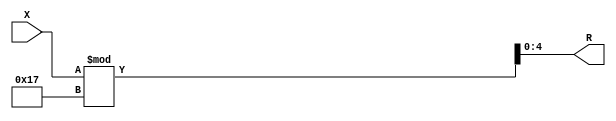
module div_32_23_stand( X, R);//, R);


input  [32:1] X;
//output [28:1] Q; 
output [5:1] R;

//assign Q = X / 23;

assign R = X % 23;


endmodule